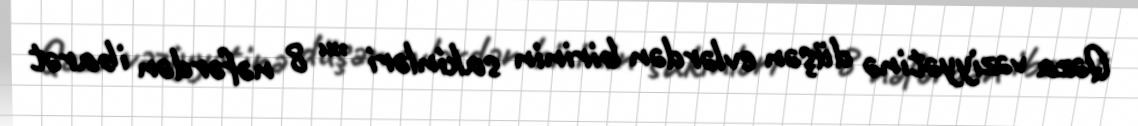
Qəza vəziyyətinə düşən evlərdən birinin sakinləri ”“ 8 nəfərdən ibarət